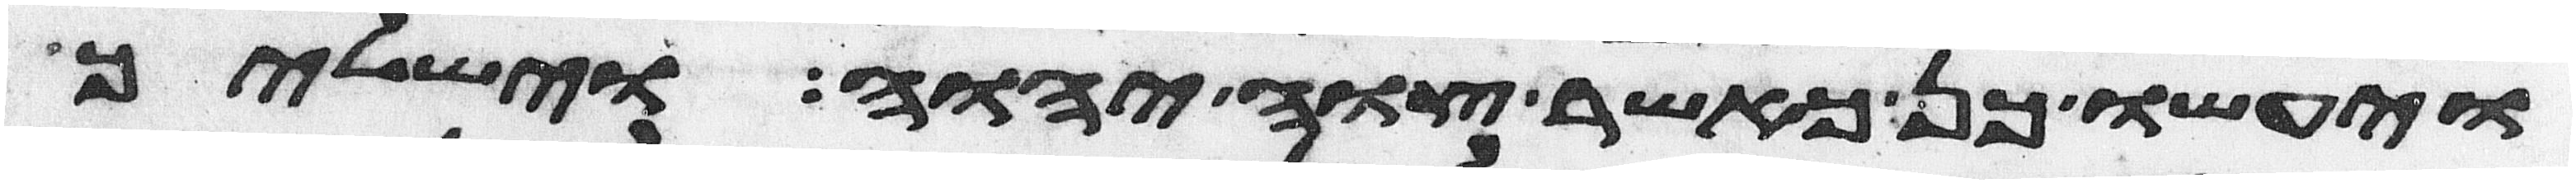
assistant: ויעשו כן כאשר צוה יהוה וישליך